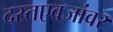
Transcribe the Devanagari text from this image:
दस्तएवजांवर